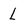
Character: l